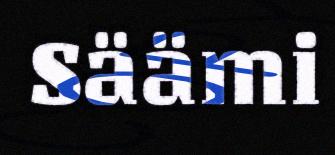
Säämi